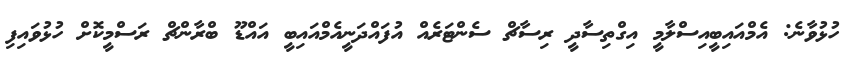
ހުޅުވާނެ: އެމްއައިބީއިސްލާމީ އިގްތިސާދީ ރިސާޗް ސެންޓަރެއް އުފައްދަނީއެމްއައިބީ އައްޑޫ ބްރާންޗް ރަސްމީކޮށް ހުޅުވައިފި